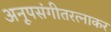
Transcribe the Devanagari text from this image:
अनूपसंगीतरत्नाकर